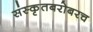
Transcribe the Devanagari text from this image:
संस्कृतबरोबरच